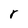
Character: r